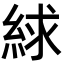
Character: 絿